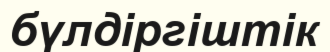
бүлдіргіштік